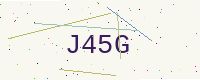
Text: J45G